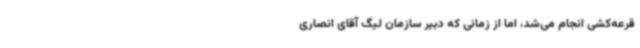
قرعه‌کشی انجام‌ می‌شد، اما از زمانی که دبیر سازمان لیگ آقای انصاری